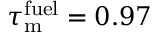
\tau _ { \mathrm { m } } ^ { \mathrm { f u e l } } = 0 . 9 7